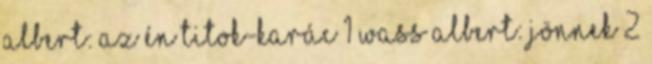
Albert: Az én titok-karác 1 Wass Albert: Jönnek 2